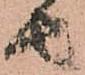
由